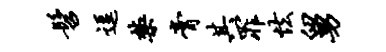
髫逗禁膏其罪怯舅